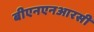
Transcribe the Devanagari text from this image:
बीएनएनआरसी